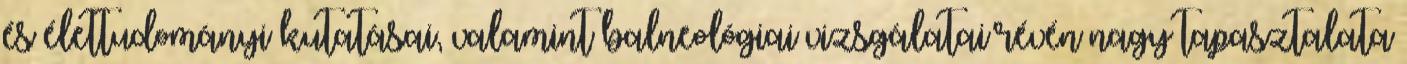
és élettudományi kutatásai, valamint balneológiai vizsgálatai révén nagy tapasztalata